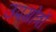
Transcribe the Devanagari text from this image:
उपगोत्रों